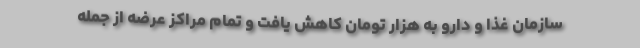
سازمان غذا و دارو به هزار تومان کاهش یافت و تمام مراکز عرضه از جمله